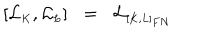
[ { \cal L } _ { \scriptscriptstyle K } , { \cal L } _ { \scriptscriptstyle L } ] \; \; = \; \; { \cal L } _ { \scriptscriptstyle [ K , L ] _ { F N } }